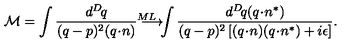
{ \cal M } = \int \frac { d ^ { D } \! q } { ( q - p ) ^ { 2 } ( q \! \cdot \! n ) } \longrightarrow ^ { \! \! \! \! \! \! \! \! \! \! \! \! \! \! M L } \int \frac { d ^ { D } \! q ( q \! \cdot \! n ^ { * } ) } { ( q - p ) ^ { 2 } \left[ ( q \! \cdot \! n ) ( q \! \cdot \! n ^ { * } ) + i \epsilon \right] } .